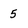
Character: 5